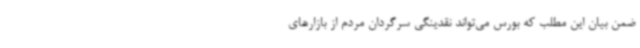
ضمن بیان این مطلب که بورس می‌تواند نقدینگی سرگردان مردم از بازارهای